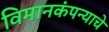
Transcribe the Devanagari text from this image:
विमानकंपन्याचे